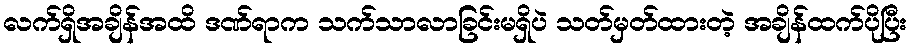
လက်ရှိအချိန်အထိ ဒဏ်ရာက သက်သာလာခြင်းမရှိပဲ သတ်မှတ်ထားတဲ့ အချိန်ထက်ပိုပြီး